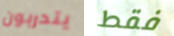
يتدربون فقط